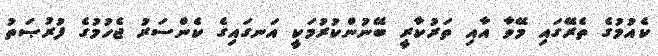
ކެއުމުގެ ތެރޭގައި މޭވާ އާއި ތަރުކާރީ ބޭނުންކުރުމަކީ އަނގައިގެ ކެންސަރު ޖެހުމުގެ ފުރުޞަތު